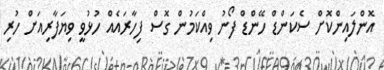
އޮންލައިންކޮށް ސެކަންޑް ހޭންޑް ފޯނު ވިއްކަމުން ގޮސް ފިހާރައެއް ހުޅުވީ ވިޔަފާރިއަށް ހުރި